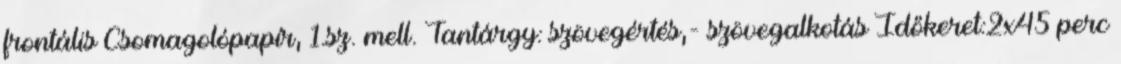
frontális Csomagolópapír, 1.sz. mell. Tantárgy: szövegértés,- szövegalkotás Időkeret:2x45 perc